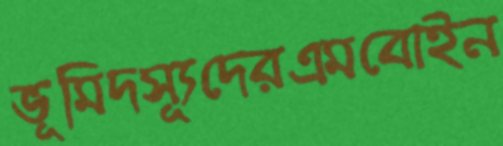
ভূমিদস্যূদেরএমবোইন